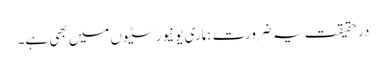
درحقیقت یہ ضرورت ہماری یونیورسٹیوں میں بھی ہے۔